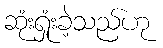
ဆုံးရှုံးခဲ့သည်ဟု